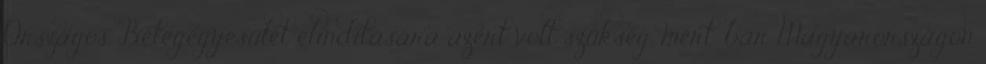
Országos Betegegyesület elindítására azért volt szükség, mert, bár Magyarországon